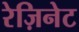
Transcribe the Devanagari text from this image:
रेज़िनेट